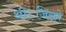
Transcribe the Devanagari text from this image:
थी।जिसमे